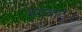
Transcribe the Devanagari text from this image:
मंगवाई।